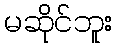
မဆိုင်ဘူး